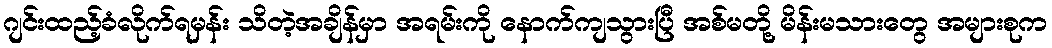
ဂျင်းထည့်ခံလိုက်ရမှန်း သိတဲ့အချိန်မှာ အရမ်းကို နောက်ကျသွားပြီ အစ်မတို့ မိန်းမသားတွေ အများစုက